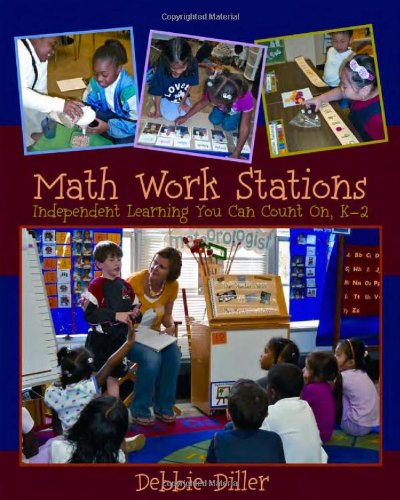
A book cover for Math Work Stations: Independent Learning You Can Count On, K-2; Debbie Diller; Education & Teaching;